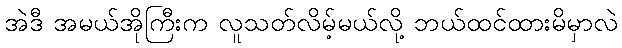
အဲဒီ အမယ်အိုကြီးက လူသတ်လိမ့်မယ်လို့ ဘယ်ထင်ထားမိမှာလဲ